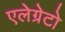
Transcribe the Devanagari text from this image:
एलेग्रेटो